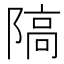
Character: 䧚